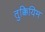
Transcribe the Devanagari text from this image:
तुक्कियिम